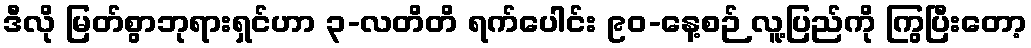
ဒီလို မြတ်စွာဘုရားရှင်ဟာ ၃-လတိတိ ရက်ပေါင်း ၉၀-နေ့စဉ် လူ့ပြည်ကို ကြွပြီးတော့